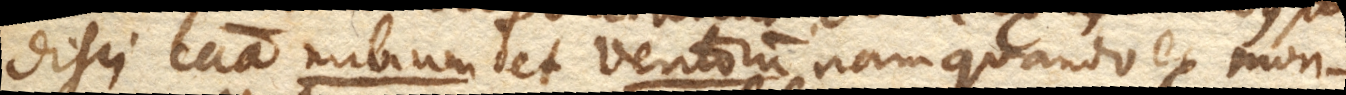
disci causa nubium et ventorum nam quando ex mon–